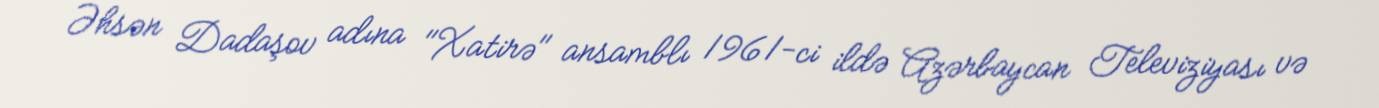
Əhsən Dadaşov adına "Xatirə" ansamblı 1961-ci ildə Azərbaycan Televiziyası və